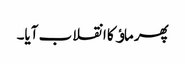
پھر ماﺅ کا انقلاب آیا۔